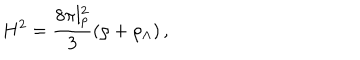
H ^ { 2 } = \frac { 8 \pi l _ { p } ^ { 2 } } { 3 } \left( \rho + \rho _ { \Lambda } \right) ,